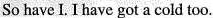
So have I. I have got a cold too.